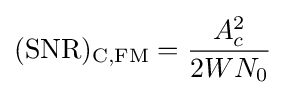
\mathrm {(SNR)_{C,FM}} ={\frac {A_{c}^{2}}{2WN_{0}}}